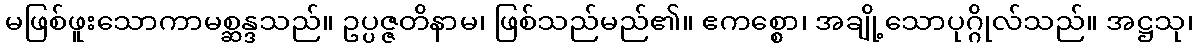
မဖြစ်ဖူးသောကာမစ္ဆန္ဒသည်။ ဥပ္ပဇ္ဇတိနာမ၊ ဖြစ်သည်မည်၏။ ဧကစ္စော၊ အချို့သောပုဂ္ဂိုလ်သည်။ အဋ္ဌသု၊